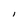
Character: l